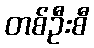
တစ်ဦးစီ